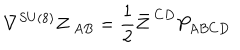
\nabla ^ { S U ( 8 ) } Z _ { \ A B } = { \frac { 1 } { 2 } } \bar { Z } ^ { \ C D } P _ { A B C D }